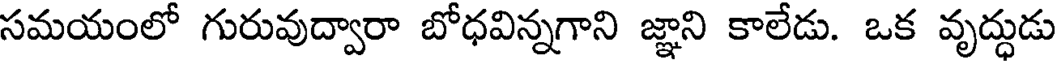
సమయంలో గురువుద్వారా బోధవిన్నగాని జ్ఞాని కాలేడు. ఒక వృద్ధుడు